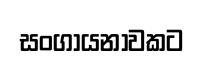
සංගායනාවකට